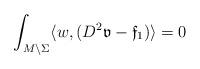
LaTeX: \begin{align*}\int_{M\setminus\Sigma}\langle w,(D^2\mathfrak{v}-\mathfrak{f}_1)\rangle=0\end{align*}